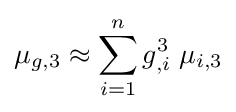
\mu _{g,3}\approx \sum _{i=1}^{n}g_{,i}^{3}\;\mu _{i,3}